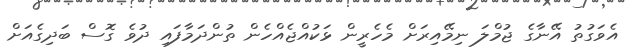
އެވަގުތު އޭނާގެ ޖުމްލަ ނިމޭއިރަށް މެހެރީން ޅަކުއްޖެއްހެން ތުންދަމާފައި ދުވެ ގޮސް ބަދިގެއަށް